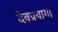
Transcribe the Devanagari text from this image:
देवप्रयाग।